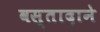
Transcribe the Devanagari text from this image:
वस्तादाने